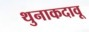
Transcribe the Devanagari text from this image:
थुनाकदावू